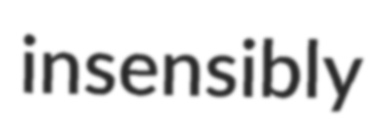
insensibly